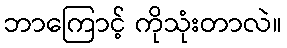
ဘာကြောင့် ကိုသုံးတာလဲ။